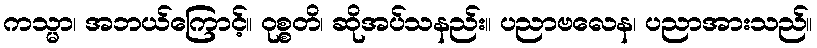
ကသ္မာ၊ အဘယ်ကြောင့်။ ဝုစ္စတိ၊ ဆိုအပ်သနည်း။ ပညာဗလေန၊ ပညာအားသည်။